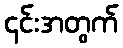
၎င်းအတွက်